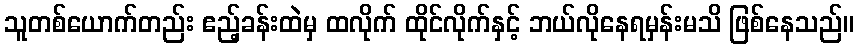
သူတစ်ယောက်တည်း ဧည့်ခန်းထဲမှ ထလိုက် ထိုင်လိုက်နှင့် ဘယ်လိုနေရမှန်းမသိ ဖြစ်နေသည်။